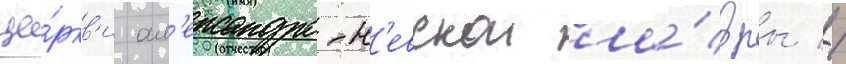
це́ркв'и ал'ександро-н'евскои ла́вры //